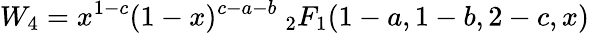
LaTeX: W_{4}=x^{1-c}(1-x)^{c-a-b}\ _{2}F_{1}(1-a,1-b,2-c,x)